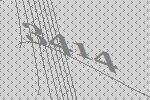
3414